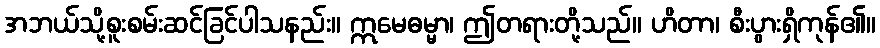
အဘယ်သို့စူးစမ်းဆင်ခြင်ပါသနည်း။ ဣမေဓမ္မာ၊ ဤတရားတို့သည်။ ဟိတာ၊ စီးပွားရှိကုန်၏။